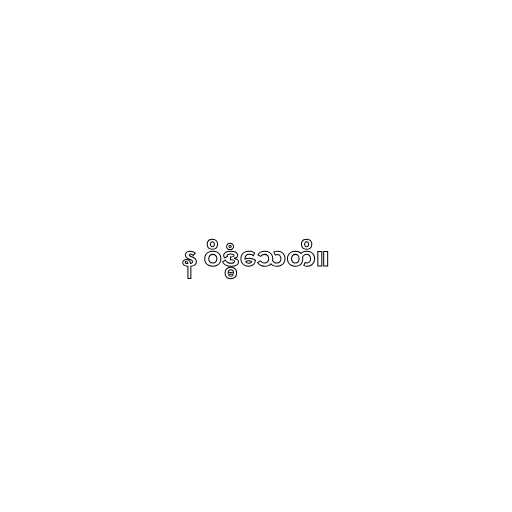
န ဝိဒ္ဓံသေတိ။